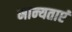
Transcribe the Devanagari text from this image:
मान्‍यताएं